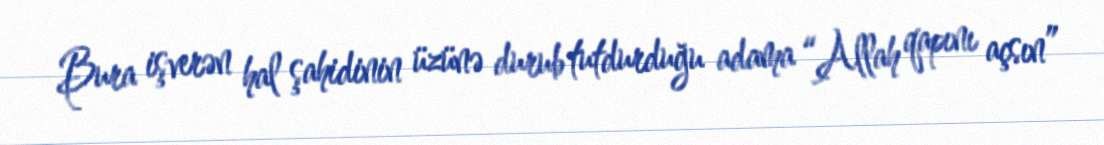
Bura işverən hal şahidinin üzünə durub tutdurduğu adama “Allah qapını açsın”